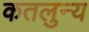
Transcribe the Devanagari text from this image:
कतलुन्य